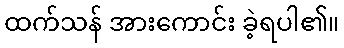
ထက်သန် အားကောင်း ခဲ့ရပါ၏။